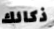
ذكائك